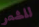
للشعر